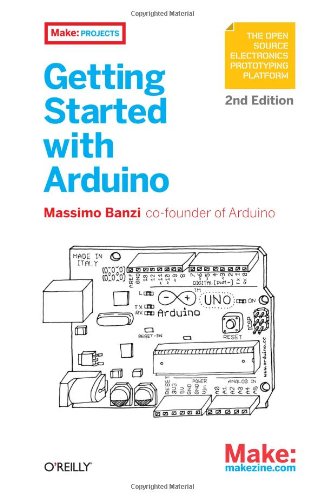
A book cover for Getting Started with Arduino; Massimo Banzi; Computers & Technology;